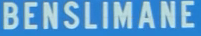
BENSIMANE